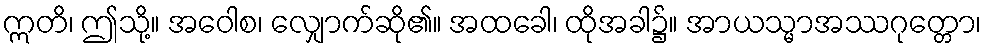
ဣတိ၊ ဤသို့။ အဝေါစ၊ လျှောက်ဆို၏။ အထခေါ၊ ထိုအခါ၌။ အာယသ္မာအဿဂုတ္တော၊